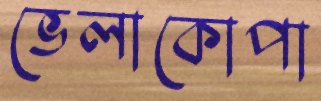
ভেলাকোপা